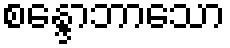
စန္ဒောဘာသော